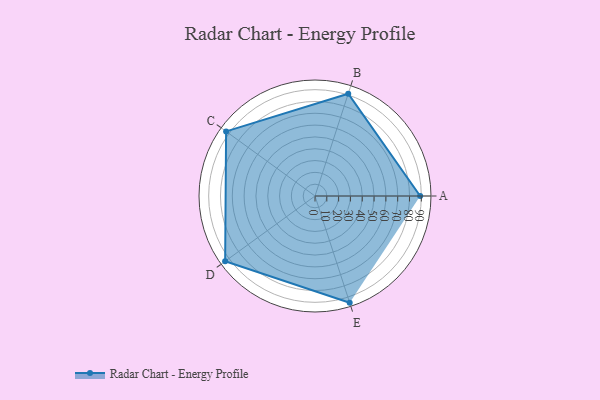
{"axis": {"x": "Skill", "y": "Score"}, "legend": ["Profile"], "data": [{"x": "A", "y": 89.0, "type": "Profile"}, {"x": "B", "y": 91.0, "type": "Profile"}, {"x": "C", "y": 93.0, "type": "Profile"}, {"x": "D", "y": 94.0, "type": "Profile"}, {"x": "E", "y": 95.0, "type": "Profile"}]}